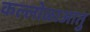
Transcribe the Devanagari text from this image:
कल्लोळाआतु